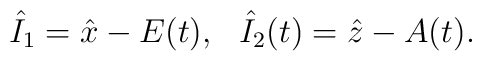
\begin{array}{cc}\hat{I}_1=\hat{x}-E(t),&\hat{I}_2(t)=\hat{z}-A(t).\end{array}